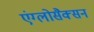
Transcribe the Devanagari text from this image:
एंग्लोसैक्सन